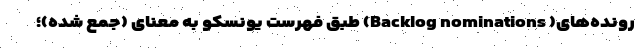
رونده‌های( Backlog nominations) طبق فهرست یونسکو به معنای (جمع شده)؛